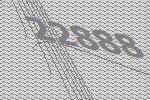
22888